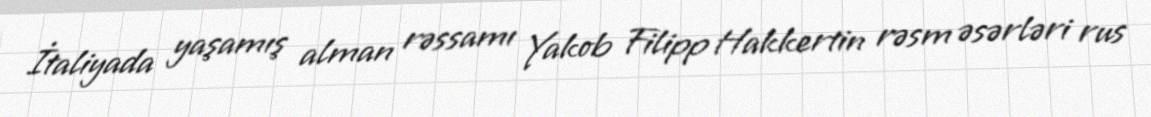
İtaliyada yaşamış alman rəssamı Yakob Filipp Hakkertin rəsm əsərləri rus